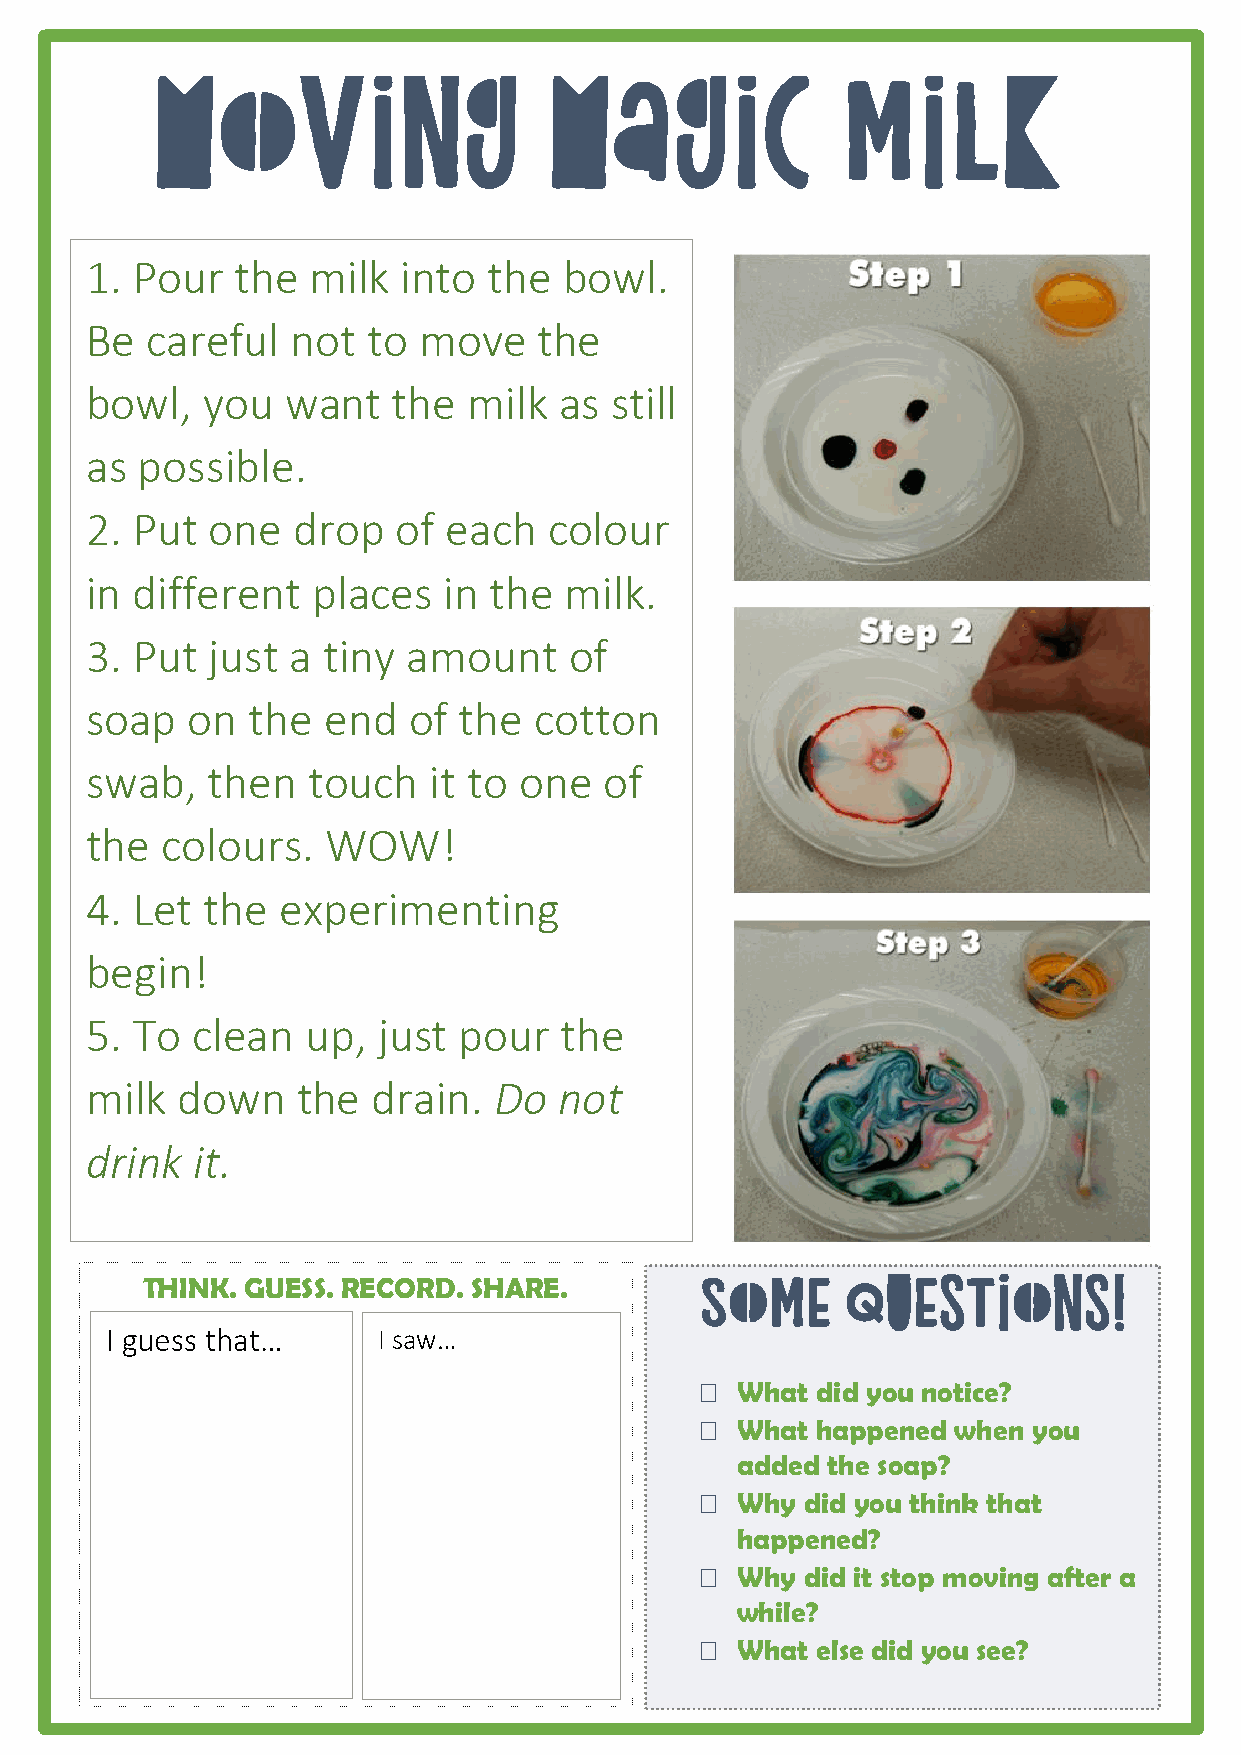
Moving                    Magic               milk
 1. Pour   the  milk  into the  bowl.
 Be  careful  not  to  move    the
 bowl,  you   want   the  milk  as still
 as possible.
 2. Put  one  drop   of each   colour
 in different   places  in the  milk.
 3. Put  just a tiny  amount     of
 soap  on  the  end   of the  cotton
 swab,   then  touch   it to one   of
 the  colours.  WOW!
 4. Let the  experimenting
 begin!
 5. To  clean  up,  just pour   the
 milk  down    the  drain.  Do  not
 drink  it.
 THINK. GUESS. RECORD. SHARE.         Some      questions!
 I guess that…     I saw…
   What did you notice?
   What happened when you
 added the soap?
   Why did you think that
 happened?
   Why did it stop moving after a
 while?
   What else did you see?